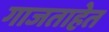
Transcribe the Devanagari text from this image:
गाजताहेत